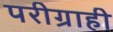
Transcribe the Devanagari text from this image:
परीग्राही